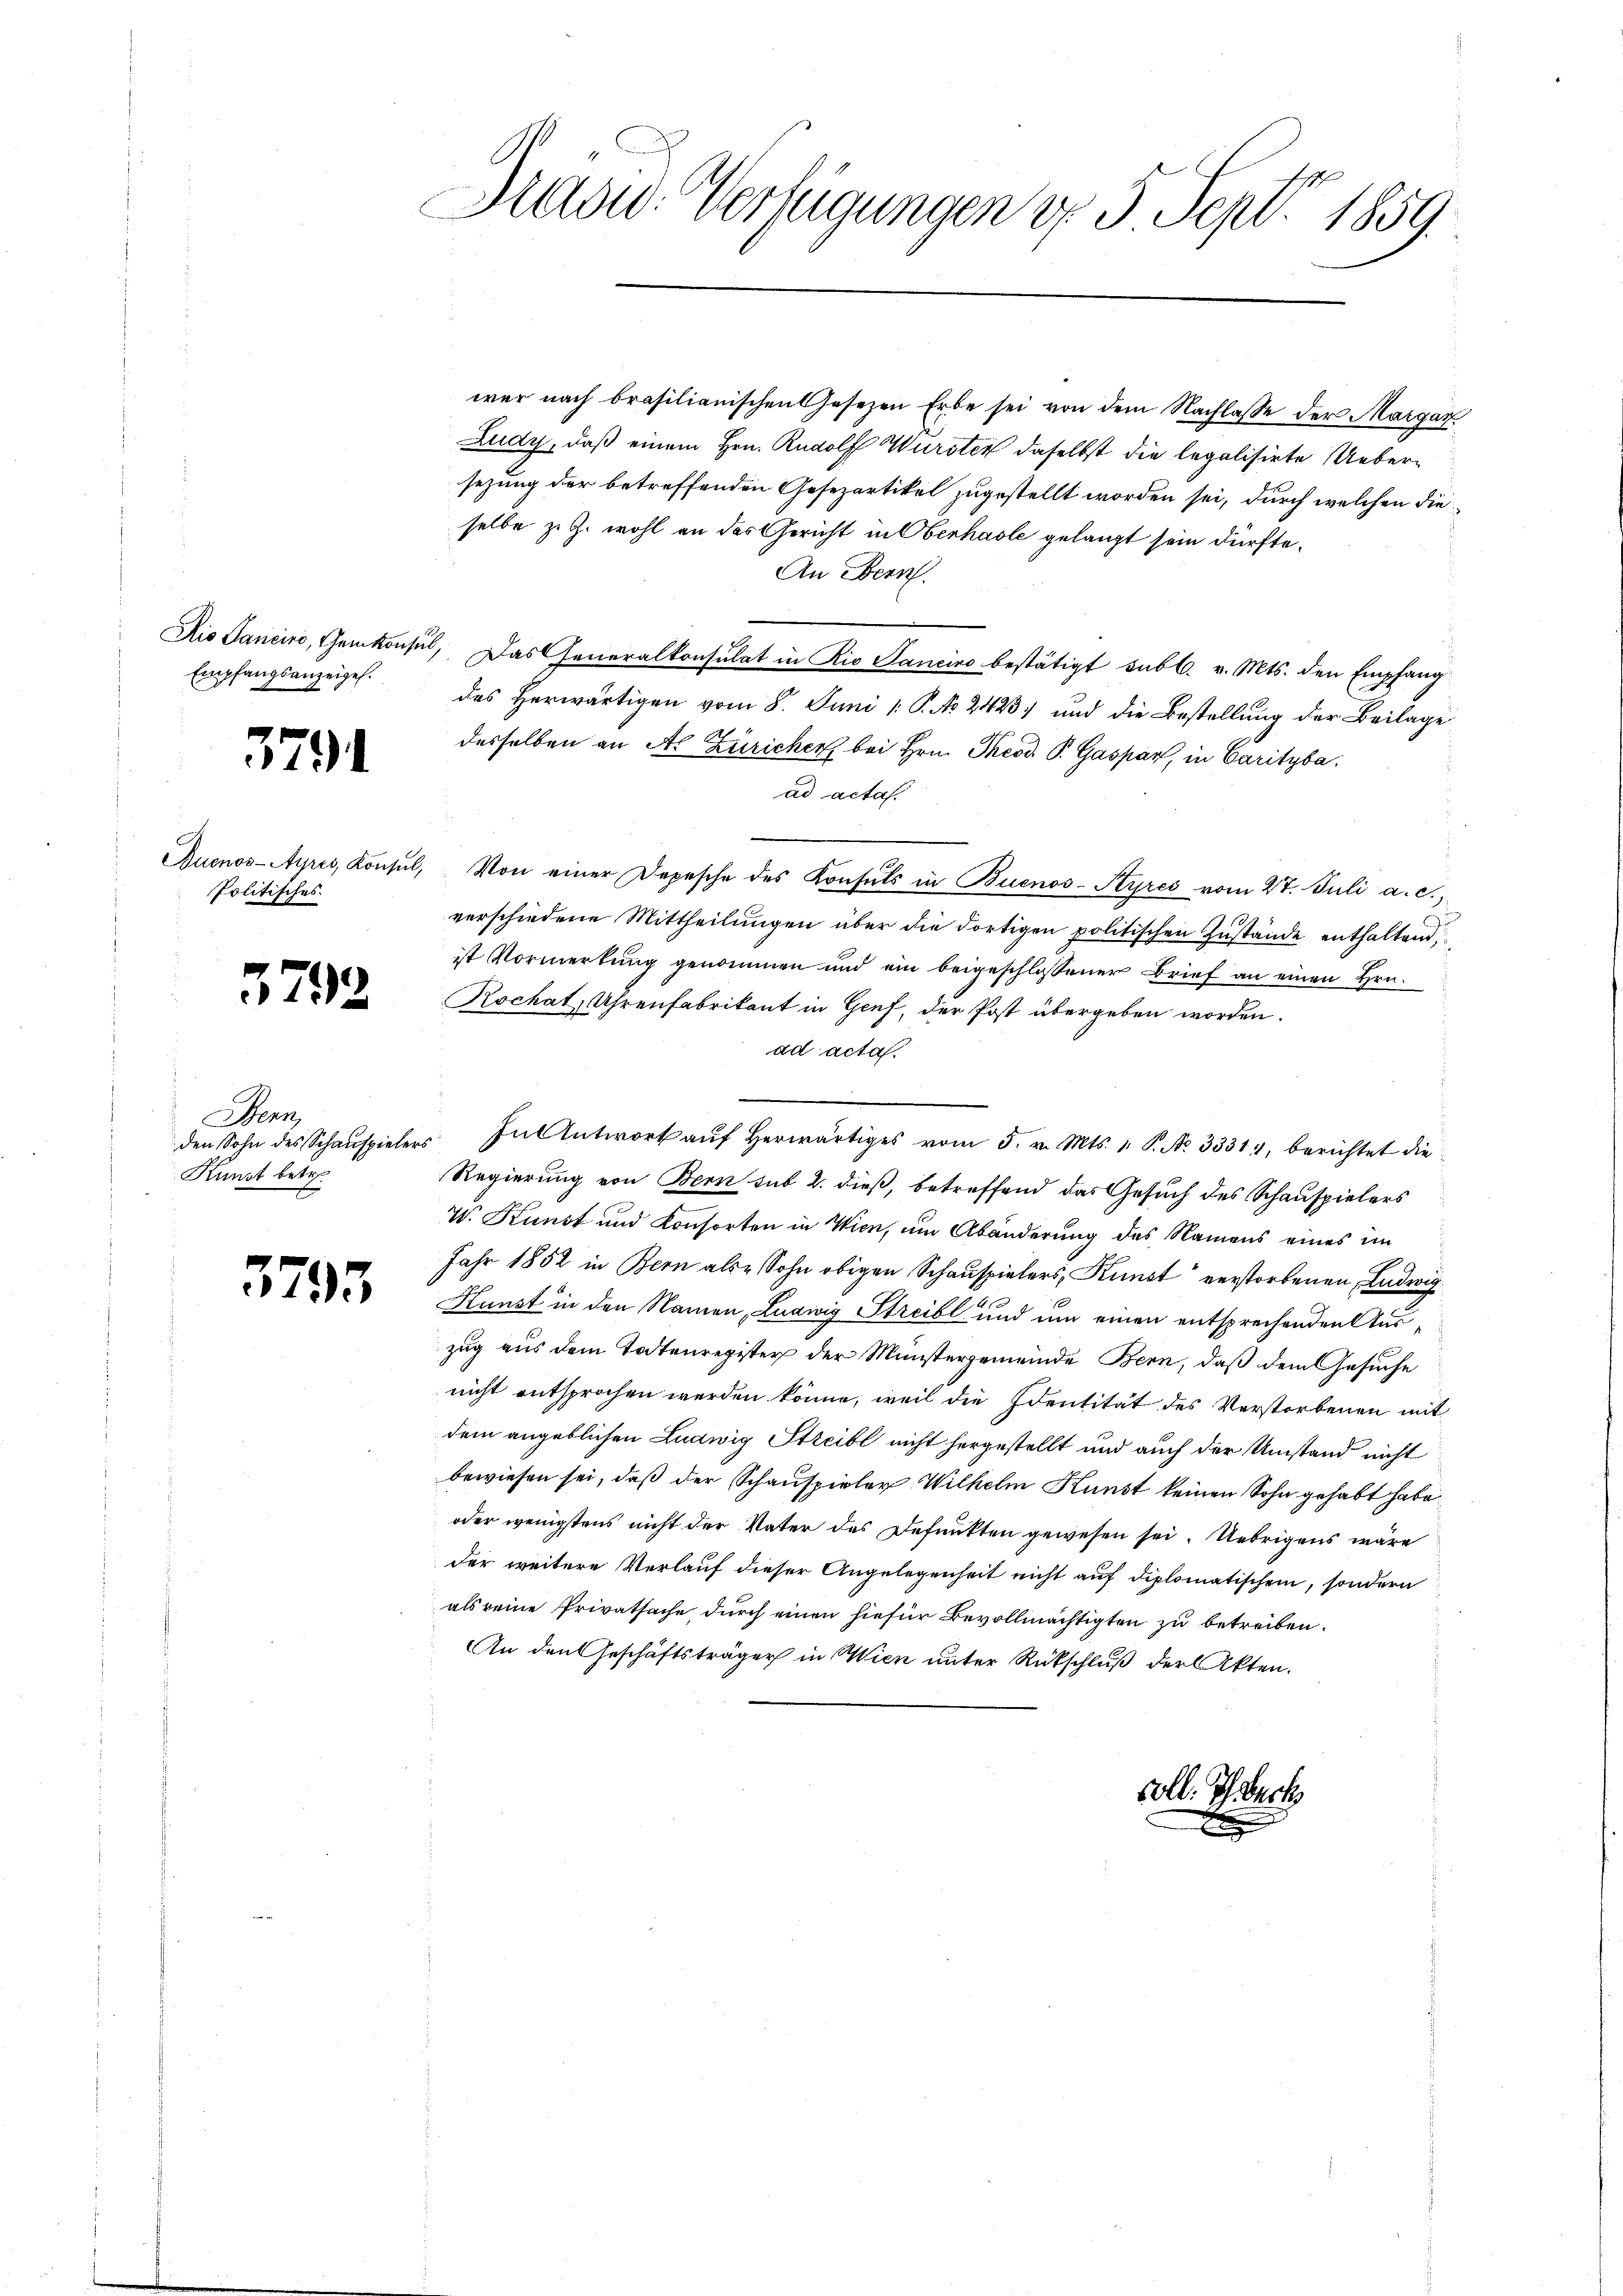
Ris Sanciro, Cantonsin
Empfangsanzeigel.

3791

Buenos-Ayres, Konsul,
Politisches

3792

Stern
den Sohn des Schauspielers
Kunst betr.

3793

Saowd-Verfügungen d. 5 Sept 1859.

wer nach brasilianischen Gesetzen Erbe sei von dem Nachlasse der Margar
Ludy, daß einem Hrn. Rudolf Wurster daselbst die legalisirte Uebersezung der betreffenden Gesezartikel zugestellt worden sei, durch welchen dieselbe z. Z. wohl an das Gericht in Oberhasle gelangt sein dürfte¬
An Bern.
. Das Generalkonsulat in Rio Sanciro bestätigt subl. v. Mts. den Empfang
des Herwärtigen vom 8. Juni /: P. No 2423) und die Bestellung der Beilage
desselben an Al. Züricher bei Hrn. Theod. P. Gaspar, in Caritybaad actas.
Von einer Depesche des Konsuls in Buenos-Ayres vom 27. Juli a. c.,
verschiedene Mittheilungen über die dortigen politischen Zustände enthaltend,
ist Vormerkung genommen und ein beigeschlossener Brief an einen Hrn.
Rochat, Uhrenfabrikant in Genf, der Post übergeben worden.
ad acta.
In Antwort aŭf herwärtiges vom 5. v. Mts. 1. P. No. 3331, berichtet die
Regierung von Bern sub 2. dieß, betreffend das Gesuch des Schauspielers
W. Kunst und Konsorten in Wien, um Abänderung des Namens eines im
Jahr 1852 in Bern als Sohn obigen Schauspielers, Kunst verstorbenen, Ludwig
Hunst in den Namen, Ludwig Streibl und um einen entsprechenden Auszug aus dem Todtenregister der Münstergemeinde Bern, daß dem Gesuche
nicht entsprochen werden könne, weil die Identität des Verstorbenen mit
dem angeblichen Ludwig Streibe nicht hergestellt und auch der Umstand nicht
bewiesen sei, daß der Schauspieler Wilhelm Kunst keinen Sohn gehabt habe.
oder wenigstens nicht der Vater des Defŭnkten gewesen sei. Uebrigens wäre
der weitere Verlauf dieser Angelegenheit nicht auf diplomatischen, sondern
als reine Privatsache durch einen hiefür Bevollmächtigten zu betreiben.
An den Geschäftsträger in Wien unter Rückschluß der Akten.

coll. Ich wech